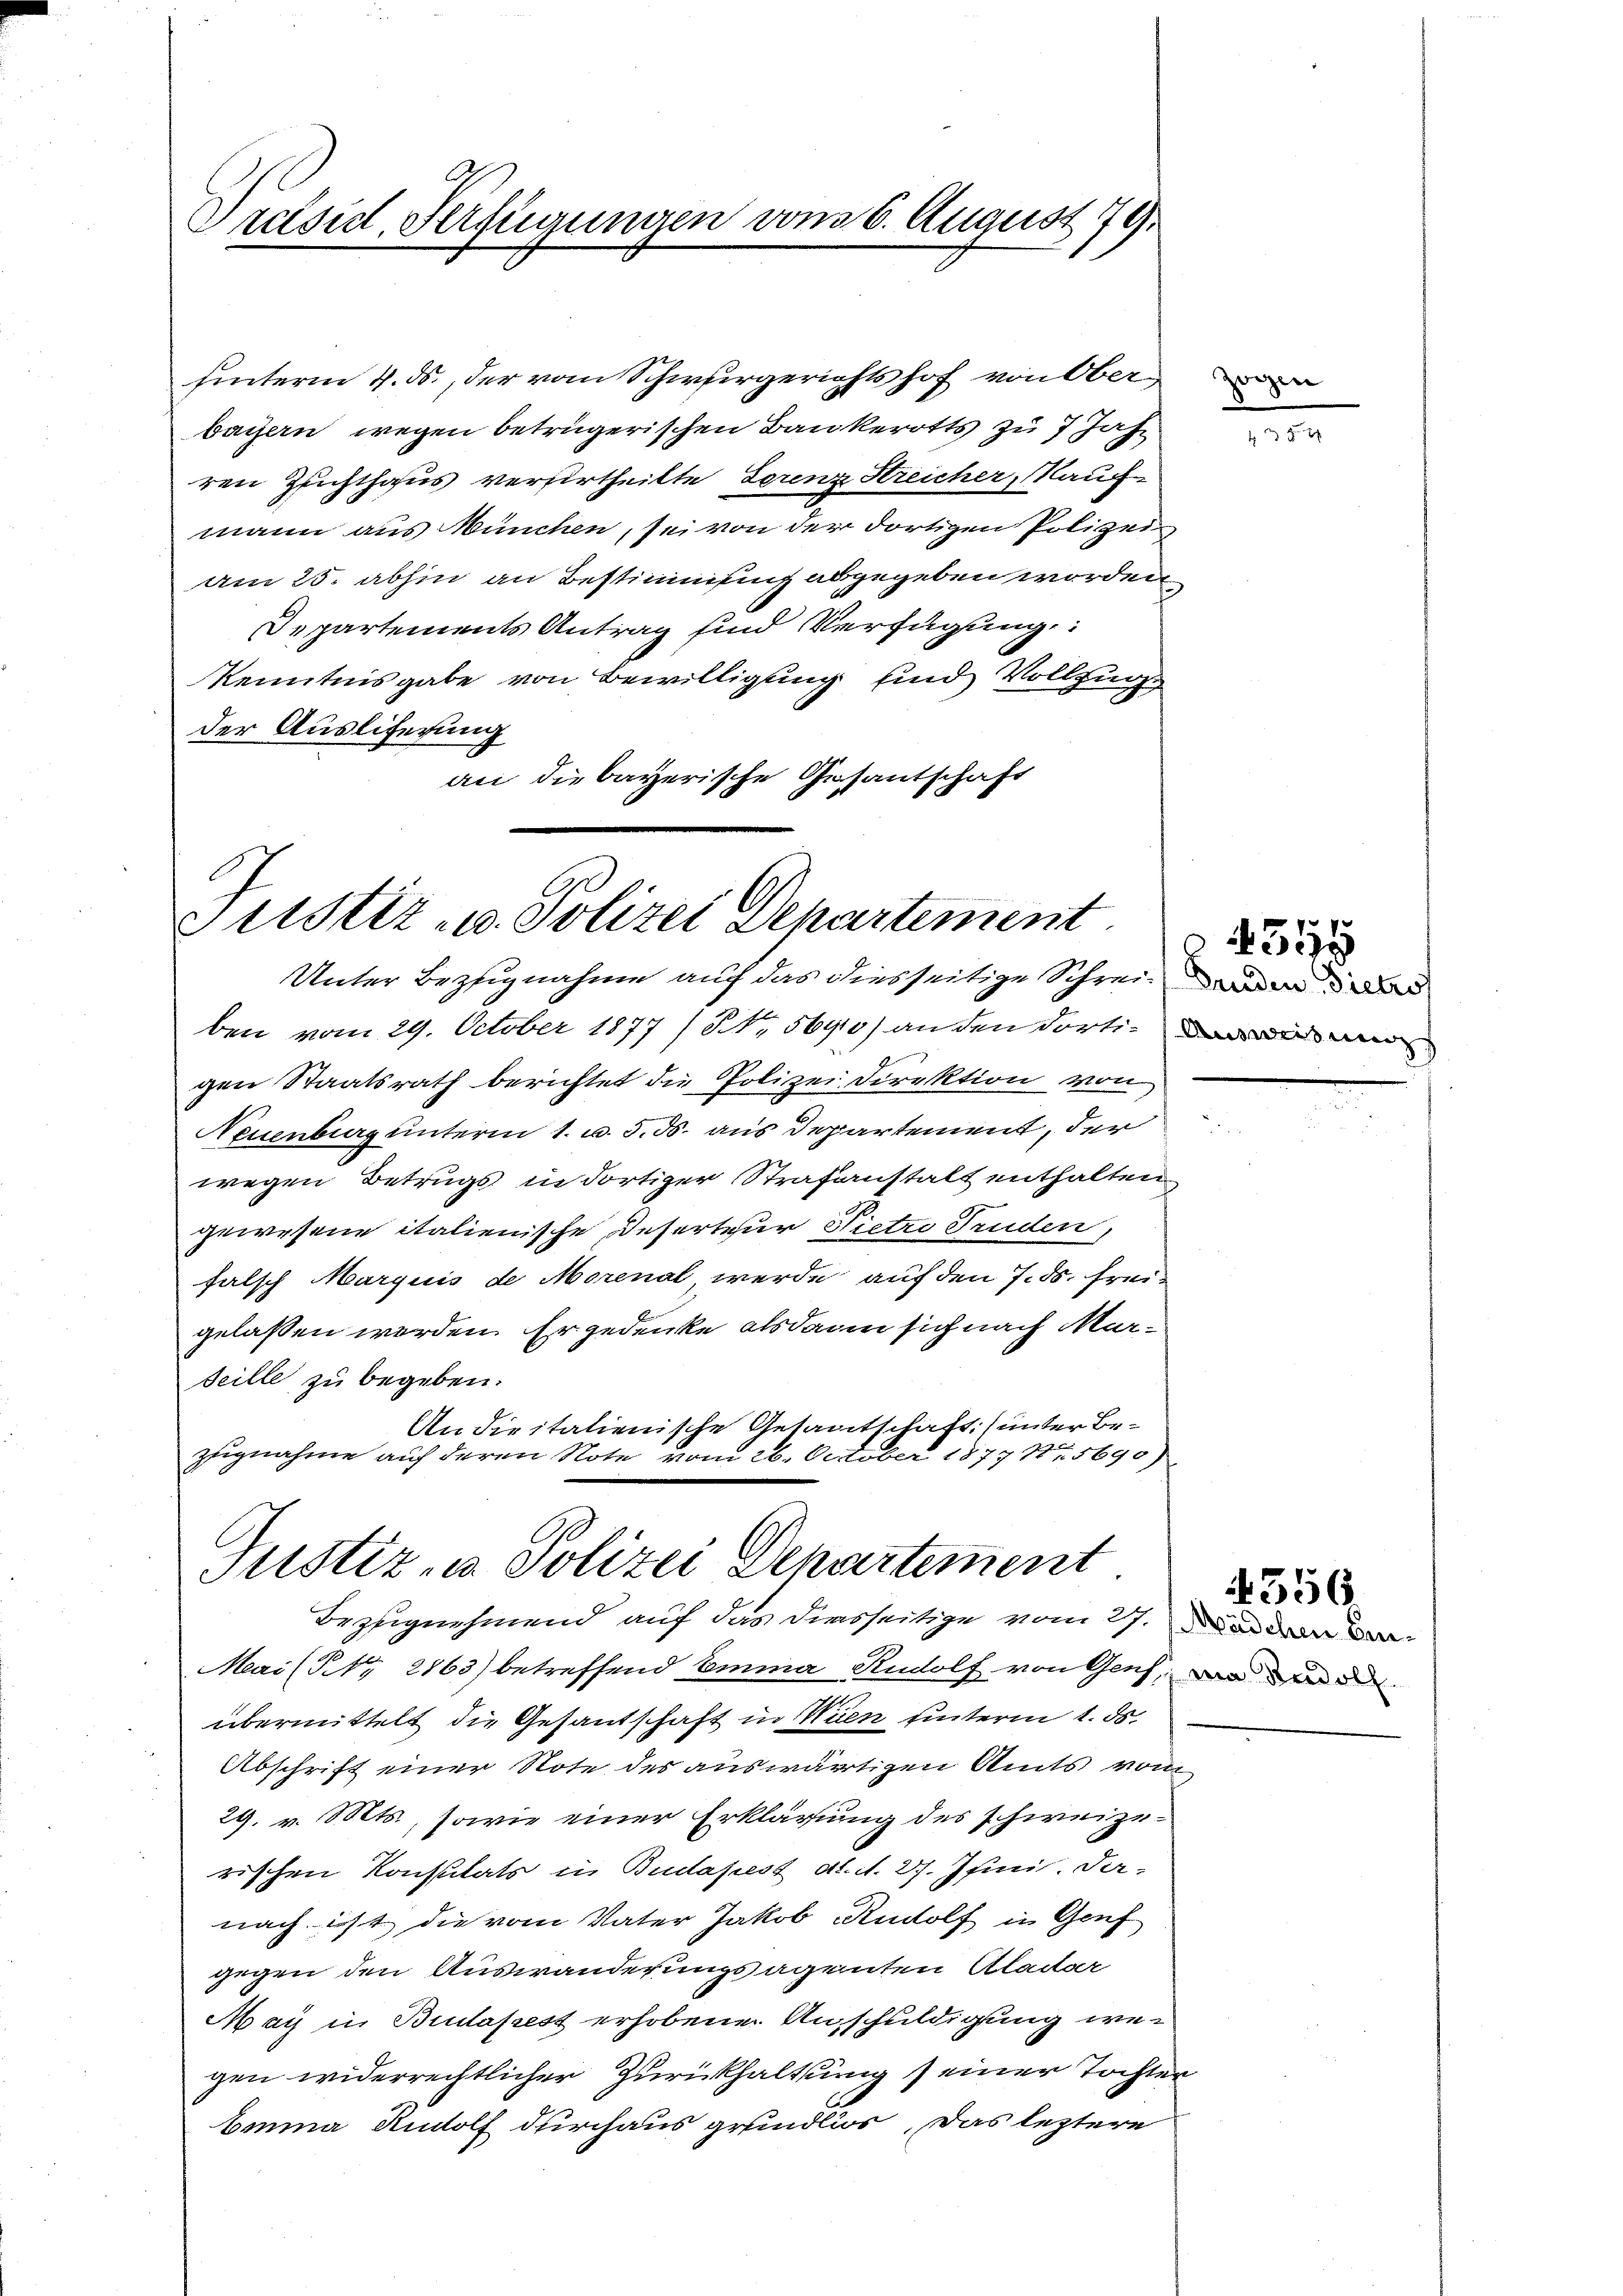
Präsid. Verfügungen vom 6. August 79.

mann aus München, sei von der dortigen Polizei
am 25. abhin an Bestimmung abgegeben worden
Departements Antrag sind Verfügung:
Kenntnisgabe von Bewilligung sind Vollzug
der Ausliferung
an die bayerische Gesantschaft

Justiz- u. Polizei Departement.
Unter Bezugnahme auf das diesseitige Schrei¬

Justiz, u. Polizei Departement
Bezugnehmend auf das diesseitige vom 27. an den

hinterm 4. ds., der vom Schwurgerichtshof von Oberbayern wegen betrügerischen Bankerotts zu 7 Jahr
ren Zuchthaus verurtheilte Lorenz Streicher, Nauch

ben vom 29. October 1877 / NNo. 56910) an den dortigen Staatsrath berichtet die Polizei Direktion von
Neuenburg unterm 1. u. 5. ds. aus Departement, der
wegen Betrugs in dortiger Strafanstalt enthalten.
gewesene italienische Deserteur Nietro Truden,
falsch Marquis de Morenal werde auf den 7. ds. freigelassen werden. Er gedenke alsdann sich nach Marseille zu begeben.
An die italienische Gesantschaft) unter Bezugnahme auf deren Note vom 26. October 1877 Nr. 5690)

Mai (Nr. 2163) betreffend Emma Rudolf von Genf, wo d
übermittelt die Gesandschaft in Wien hinterm 1. ds.
Abschrift einer Note des auswärtigen Amts vom
29. v. Mts., sowie einer Erklärung des schweizerischen Konsulats in Budapest d. d. 27. Juni. Da-
nach ist die vom Vater Jakob Rudolf in Genf
gegen den Auswanderungsagenten Aladar
May in Budapest erhobene Anschuldigung wegen widerrechtlicher Zurückhaltung seiner Tochter
beina Rudolf durchaus grundlior, das leztere

zogen

435

4549

356.